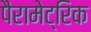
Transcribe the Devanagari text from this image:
पैरामेट्रिक